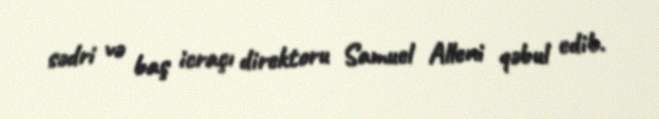
sədri və baş icraçı direktoru Samuel Alleni qəbul edib.